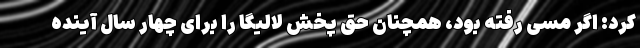
کرد: اگر مسی رفته بود، همچنان حق پخش لالیگا را برای چهار سال آینده